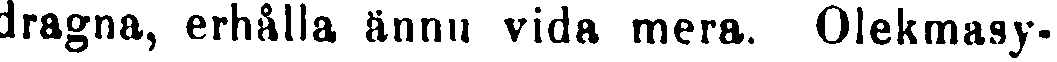
dragna, erhålla ännu vida mera. Olekmasy-